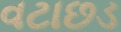
વટાછડ